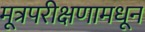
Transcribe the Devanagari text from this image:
मूत्रपरीक्षणामधून